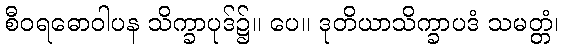
စီဝရဓောဝါပန သိက္ခာပုဒ်၌။ ပေ။ ဒုတိယာသိက္ခာပဒံ သမတ္တံ၊